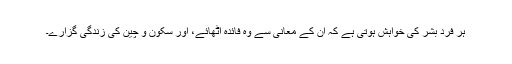
ہر فرد بشر کی خواہش ہوتی ہے کہ ان کے معانی سے وہ فائدہ اٹھائے، اور سکون و چین کی زندگی گزارے۔